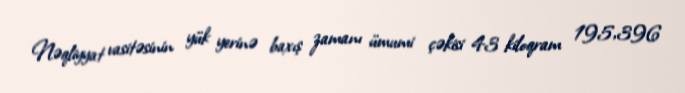
Nəqliyyat vasitəsinin yük yerinə baxış zamanı ümumi çəkisi 43 kiloqram 195,396